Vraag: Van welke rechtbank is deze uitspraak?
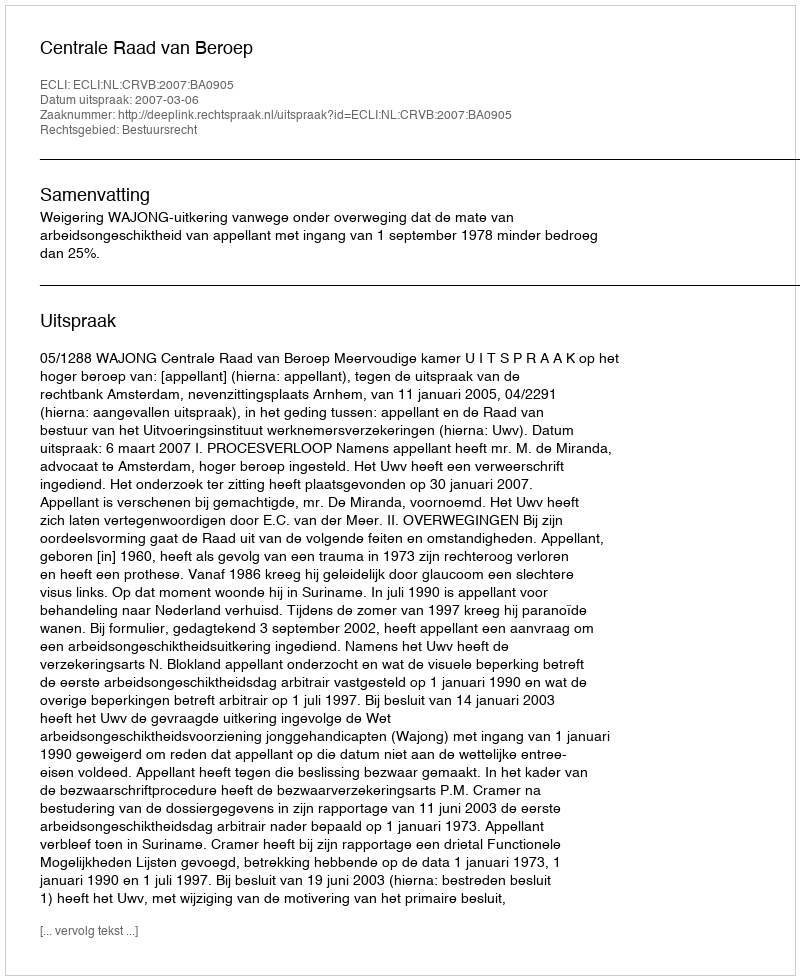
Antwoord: Centrale Raad van Beroep